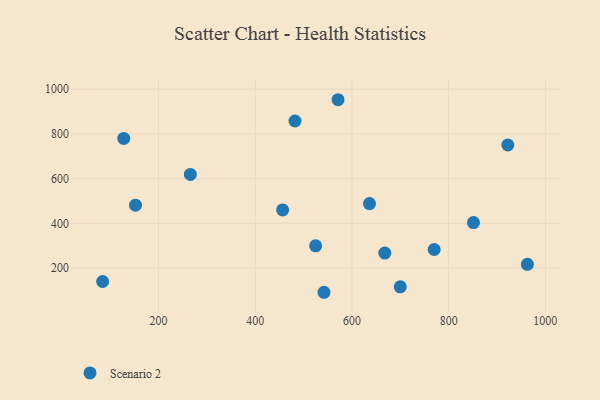
{"axis": {"x": "Experience", "y": "Fuel Efficiency"}, "legend": ["Scenario 2"], "data": [{"x": "84.2", "y": 139.9, "type": "Scenario 2"}, {"x": "127.9", "y": 779.7, "type": "Scenario 2"}, {"x": "152.2", "y": 481.2, "type": "Scenario 2"}, {"x": "667.9", "y": 267.0, "type": "Scenario 2"}, {"x": "636.2", "y": 488.4, "type": "Scenario 2"}, {"x": "571.2", "y": 952.7, "type": "Scenario 2"}, {"x": "542.1", "y": 91.7, "type": "Scenario 2"}, {"x": "922.4", "y": 750.3, "type": "Scenario 2"}, {"x": "962.8", "y": 216.9, "type": "Scenario 2"}, {"x": "265.7", "y": 618.5, "type": "Scenario 2"}, {"x": "456.5", "y": 459.9, "type": "Scenario 2"}, {"x": "482.1", "y": 857.6, "type": "Scenario 2"}, {"x": "524.8", "y": 299.3, "type": "Scenario 2"}, {"x": "699.9", "y": 116.1, "type": "Scenario 2"}, {"x": "770.0", "y": 283.0, "type": "Scenario 2"}, {"x": "851.3", "y": 403.3, "type": "Scenario 2"}]}